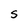
Character: s